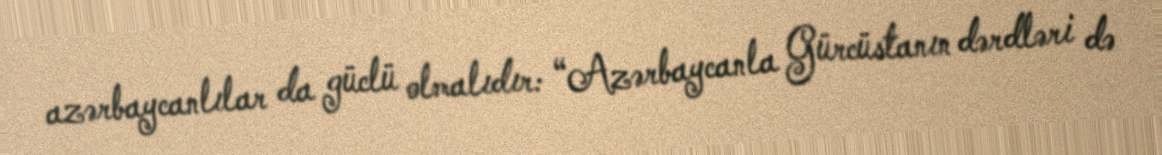
azərbaycanlılar da güclü olmalıdır: “Azərbaycanla Gürcüstanın dərdləri də